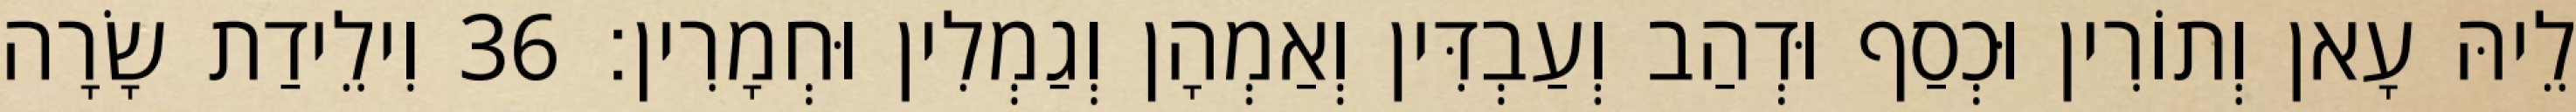
לֵיהּ עָאן וְתוֹרִין וּכְסַף וּדְהַב וְעַבְדִּין וְאַמְהָן וְגַמְלִין וּחְמָרִין׃ 36 וִילֵידַת שָׂרָה